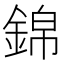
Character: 錦